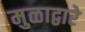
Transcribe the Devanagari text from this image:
मुळाद्वारे